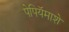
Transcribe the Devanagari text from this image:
पेपियॅमाशे